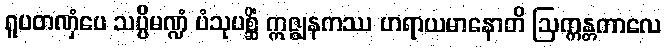
ရူပတဏှံပေ သပ္ပိမဏ္ဍံ ပံသုပစ္ဆိံ ဣဇ္ဈနကဿ ဟရာယမာနောတိ ဩက္ကန္တကာလေ